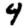
Digit: 4